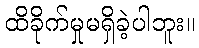
ထိခိုက်မှုမရှိခဲ့ပါဘူး။